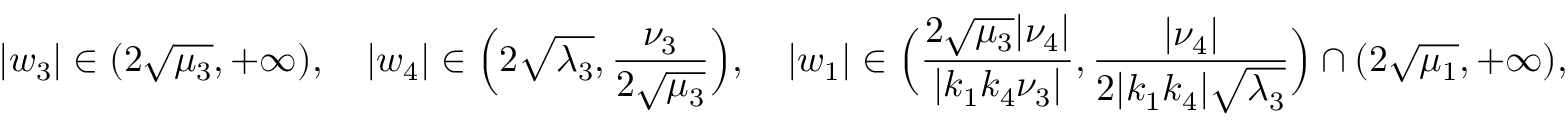
| w _ { 3 } | \in ( 2 \sqrt { \mu _ { 3 } } , + \infty ) , \quad | w _ { 4 } | \in \Big ( 2 \sqrt { \lambda _ { 3 } } , \frac { \nu _ { 3 } } { 2 \sqrt { \mu _ { 3 } } } \Big ) , \quad | w _ { 1 } | \in \Big ( \frac { 2 \sqrt { \mu _ { 3 } } | \nu _ { 4 } | } { | k _ { 1 } k _ { 4 } \nu _ { 3 } | } , \frac { | \nu _ { 4 } | } { 2 | k _ { 1 } k _ { 4 } | \sqrt { \lambda _ { 3 } } } \Big ) \cap ( 2 \sqrt { \mu _ { 1 } } , + \infty ) ,